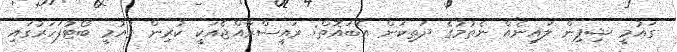
ގައުމީ ޝިޕިން ލައިނެއް ނެތުމުގެ ދަތިކަން އެބައޮތް: ރައީސްރާއްޖެއަކީ ކުރިން ގައުމީ ބޯޓުފަހަރުގައި